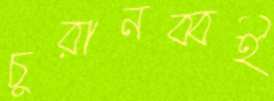
চুরানব্বই